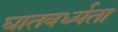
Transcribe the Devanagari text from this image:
घातवर्ध्यता